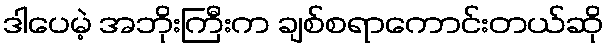
ဒါပေမဲ့ အဘိုးကြီးက ချစ်စရာကောင်းတယ်ဆို